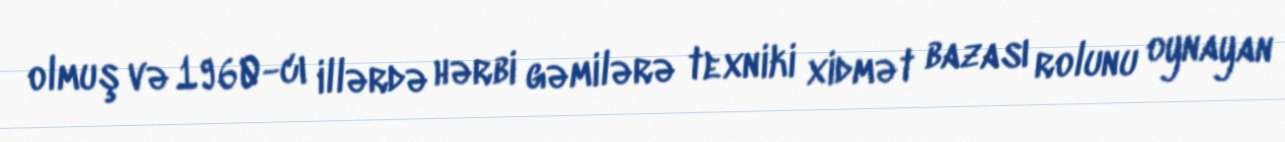
olmuş və 1960-cı illərdə hərbi gəmilərə texniki xidmət bazası rolunu oynayan